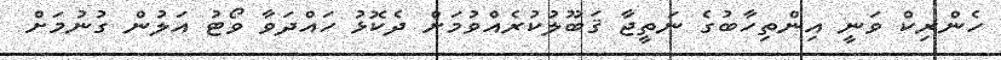
ހެންރިކް ވަނީ އިންތިހާބުގެ ނަތީޖާ ޤަބޫލުކުރެއްވުމަށް ދެކޮޅު ހައްދަވާ ވޯޓު އަލުން ގުނުމަށް